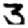
Digit: 3